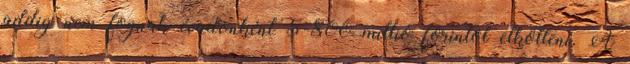
addig nem fognak évadonként 5-800 millió forintot elkölteni. A